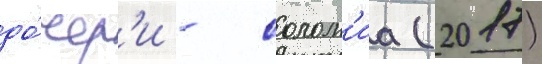
до́чер'и - солом'иа (2017)